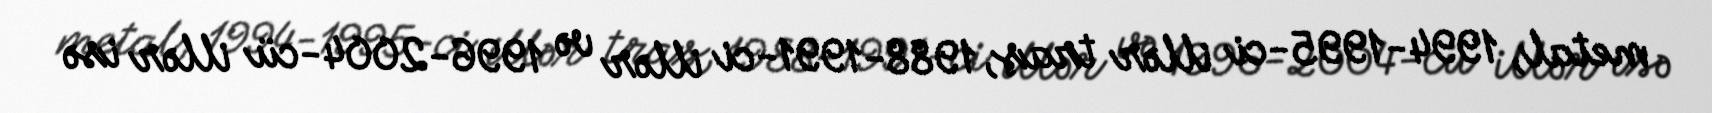
metal, 1994-1995-ci illər traş, 1988-1991-ci illər və 1996-2004-cü illər isə